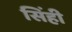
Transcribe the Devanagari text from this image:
सिंही